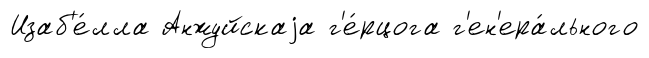
Изаб'е́лла Анжуйскаjа г'е́рцога г'ен'ера́льного